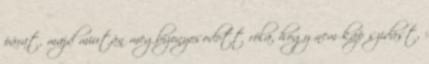
párat, majd miután megbizonyosodott róla, hogy nem kap szidást,